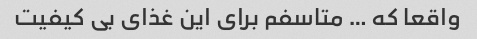
واقعا که … متاسفم برای این غذای بی کیفیت